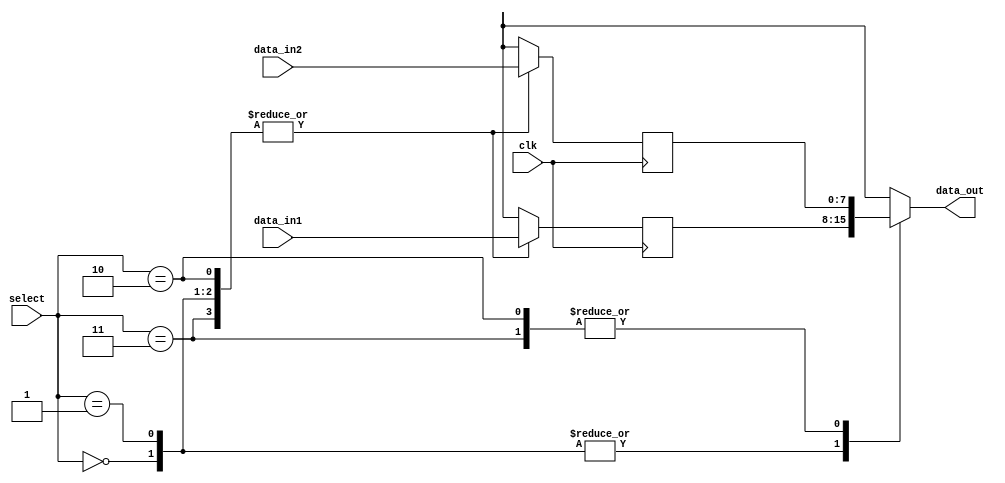
module mux_delay(
    input wire clk,
    input wire [7:0] data_in1,
    input wire [7:0] data_in2,
    input wire [1:0] select,
    output reg [7:0] data_out
);

reg [7:0] delayed_data1;
reg [7:0] delayed_data2;

always @(posedge clk) begin
    case(select)
        2'b00: begin
            delayed_data1 <= data_in1;
            delayed_data2 <= data_in2;
        end
        2'b01: begin
            delayed_data1 <= #1 data_in1;
            delayed_data2 <= data_in2;
        end
        2'b10: begin
            delayed_data1 <= data_in1;
            delayed_data2 <= #1 data_in2;
        end
        2'b11: begin
            delayed_data1 <= #1 data_in1;
            delayed_data2 <= #1 data_in2;
        end
    endcase
end

always @(*) begin
    case(select)
        2'b00: data_out = delayed_data1;
        2'b01: data_out = delayed_data1;
        2'b10: data_out = delayed_data2;
        2'b11: data_out = delayed_data2;
    endcase
end

endmodule